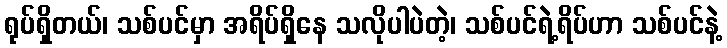
ရုပ်ရှိတယ်၊ သစ်ပင်မှာ အရိပ်ရှိနေ သလိုပါပဲတဲ့၊ သစ်ပင်ရဲ့ရိပ်ဟာ သစ်ပင်နဲ့